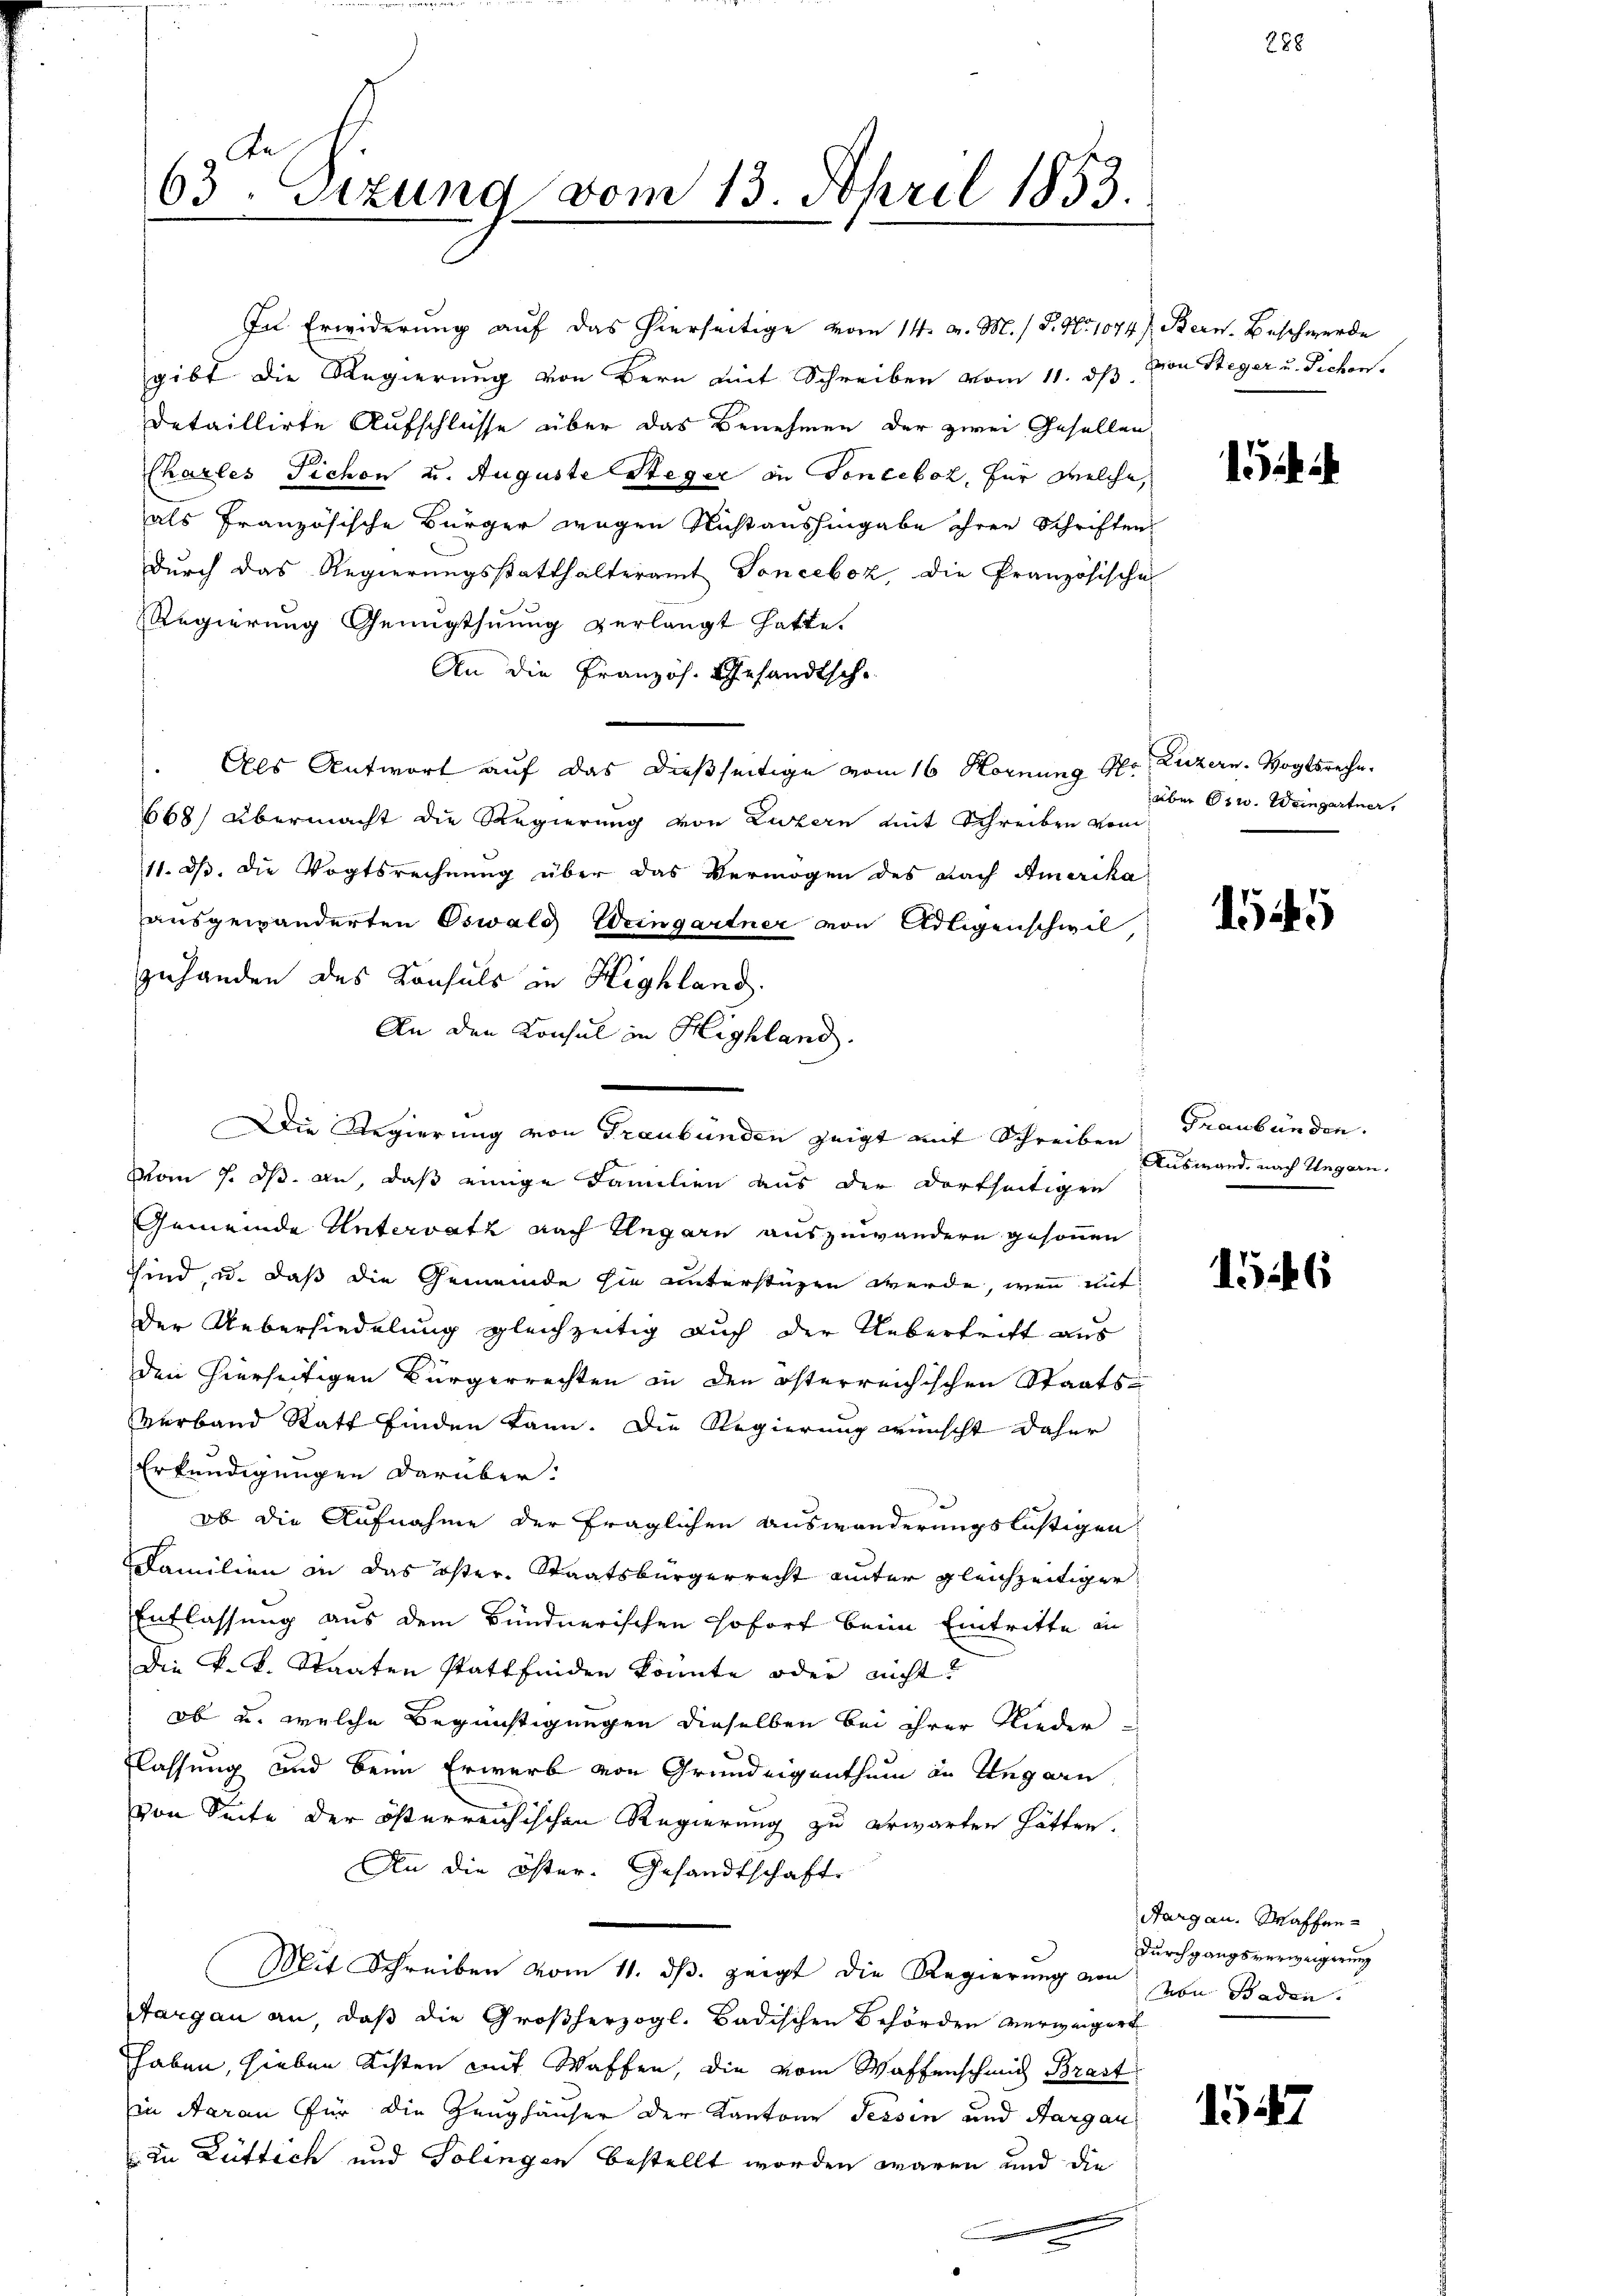
63. Sitzung vom 13. April 1853.

In Erwiderung auf das hierseitige vom 14. v. M. / P. Nr. 1074)
gibt die Regierung von Bern mit Schreiben vom 11. dß.
detaillirte Aufschlüsse über das Benehmen der zwei Gesellen
Charles Tichon u. Auguste Steger in Foncebot, für welche,
als französische Bürger wegen Nicht aushingabe ihren Schriften
Durch das Regierungsstatthalteramt Sonceboz, die Pranzösische
Regierung Genugthuung verlangt hatte.
An die Französ. Gesandtsche
Als Antwort auf das dießseitige vom 16. Hornung 15
668) übermacht die Regierung von Luzern mit Schreiben vom
11. ds. die Vogtsrechnung über das Vermögen des nach Amerika
ausgewänderten Oswald Weingartner von Adligenschwil,
zuhanden des Konsuls in Highland.
An den Konsul in Highland.
Die Regierung von Graubünden zeigt mit Schreiben Graubünden.
vom 7. ds. an, daß einige Familien aus der dortseitigen
Gemeinde Untervatz nach Ungarn auszuwändern gesonnen
sind, u. daß die Gemeinde sie unterstüzen werde, wenn mit
der Uebersiedelung gleichzeitig auch der Uebertritt aus
den hierseitigen Bürgerrechten in den österreichischen Staats-
Verband Statt finden kann. Die Regierung wünscht daher
Erkundigungen darüber.
ob die Aufnahme der fraglichen Auswanderungslichtigen
Familien in das öster-Staatsbürgerrecht unter gleichzeitiger
Entlassung aus dem Bündnerischen sofort beim Eintritte in
Die k. k. Staaten stattfinden könnte oder nicht?
ob u. welche Begünstigungen dieselben bei ihrer Nieder
flassung und beim Erwerb von Grundeigenthum in Regarn
von Seite der österreichischen Regierung zu erwarten hätten.
An die öster- Gesandtschaft.
Mit Schreiben vom 11. dβ zeigt die Regierung von von Baden.
Aargau an, daß die Großherzogl. Badischen Behörden verweigert
haben, hieben Kisten mit Waffen, die vom Waffenschmid Brast
in Aarau für die Zeughäuser der Kantone Tessin und Aargau
In Rüttich und Solingen bestellt worden wären und die

88

Bern. Beschwerde
von Steger u. Sichen.

Luzern. Vogtsreche.
über Osw. Weingartner,

5

Auswand, nach Ungarn.

1546

Aargau. Waffen¬
Durchgangsverweigerung

1547